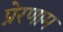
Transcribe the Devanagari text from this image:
प्रेरणाम